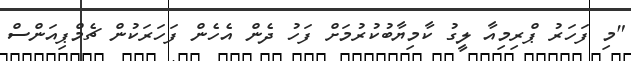
"މި ފަހަރު ޕްރިމިއާ ލީގު ކާމިޔާބުކުރުމަށް ފަހު ދެން އެހެން ފަހަރަކުން ޗެމްޕިއަންސް